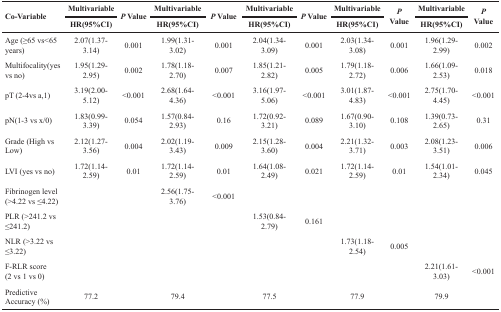
<table><thead><tr><td rowspan="2"><b>Co-Variable</b></td><td><b>Multivariable</b></td><td rowspan="2"><b><i>P</i> Value</b></td><td><b>Multivariable</b></td><td rowspan="2"><b><i>P</i> Value</b></td><td><b>Multivariable</b></td><td rowspan="2"><b><i>P</i> Value</b></td><td><b>Multivariable</b></td><td rowspan="2"><b><i>P</i> Value</b></td><td><b>Multivariable</b></td><td rowspan="2"><b><i>P</i> Value</b></td></tr><tr><td><b>HR(95%CI)</b></td><td><b>HR(95%CI)</b></td><td><b>HR(95%CI)</b></td><td><b>HR(95%CI)</b></td><td><b>HR(95%CI)</b></td></tr></thead><tbody><tr><td>Age (≥65 vs&lt;65 years)</td><td>2.07(1.37-3.14)</td><td>0.001</td><td>1.99(1.31-3.02)</td><td>0.001</td><td>2.04(1.34-3.09)</td><td>0.001</td><td>2.03(1.34-3.08)</td><td>0.001</td><td>1.96(1.29-2.99)</td><td>0.002</td></tr><tr><td>Multifocality(yes vs no)</td><td>1.95(1.29-2.95)</td><td>0.002</td><td>1.78(1.18-2.70)</td><td>0.007</td><td>1.85(1.21-2.82)</td><td>0.005</td><td>1.79(1.18-2.72)</td><td>0.006</td><td>1.66(1.09-2.53)</td><td>0.018</td></tr><tr><td>pT (2-4vs a,1)</td><td>3.19(2.00-5.12)</td><td>&lt;0.001</td><td>2.68(1.64-4.36)</td><td>&lt;0.001</td><td>3.16(1.97-5.06)</td><td>&lt;0.001</td><td>3.01(1.87-4.83)</td><td>&lt;0.001</td><td>2.75(1.70-4.45)</td><td>&lt;0.001</td></tr><tr><td>pN(1-3 vs x/0)</td><td>1.83(0.99-3.39)</td><td>0.054</td><td>1.57(0.84-2.93)</td><td>0.16</td><td>1.72(0.92-3.21)</td><td>0.089</td><td>1.67(0.90-3.10)</td><td>0.108</td><td>1.39(0.73-2.65)</td><td>0.31</td></tr><tr><td>Grade (High vs Low)</td><td>2.12(1.27-3.56)</td><td>0.004</td><td>2.02(1.19-3.43)</td><td>0.009</td><td>2.15(1.28-3.60)</td><td>0.004</td><td>2.21(1.32-3.71)</td><td>0.003</td><td>2.08(1.23-3.51)</td><td>0.006</td></tr><tr><td>LVI (yes vs no)</td><td>1.72(1.14-2.59)</td><td>0.01</td><td>1.72(1.14-2.59)</td><td>0.01</td><td>1.64(1.08-2.49)</td><td>0.021</td><td>1.72(1.14-2.59)</td><td>0.01</td><td>1.54(1.01-2.34)</td><td>0.045</td></tr><tr><td>Fibrinogen level (&gt;4.22 vs ≤4.22)</td><td></td><td></td><td>2.56(1.75-3.76)</td><td>&lt;0.001</td><td></td><td></td><td></td><td></td><td></td><td></td></tr><tr><td>PLR (&gt;241.2 vs ≤241.2)</td><td></td><td></td><td></td><td></td><td>1.53(0.84-2.79)</td><td>0.161</td><td></td><td></td><td></td><td></td></tr><tr><td>NLR (&gt;3.22 vs ≤3.22)</td><td></td><td></td><td></td><td></td><td></td><td></td><td>1.73(1.18-2.54)</td><td>0.005</td><td></td><td></td></tr><tr><td>F-RLR score (2 vs 1 vs 0)</td><td></td><td></td><td></td><td></td><td></td><td></td><td></td><td></td><td>2.21(1.61-3.03)</td><td>&lt;0.001</td></tr><tr><td>Predictive Accuracy (%)</td><td>77.2</td><td></td><td>79.4</td><td></td><td>77.5</td><td></td><td>77.9</td><td></td><td>79.9</td><td></td></tr></tbody></table>